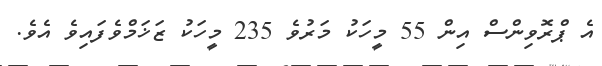
އެ ޕްރޮވިންސް އިން 55 މީހަކު މަރުވެ 235 މީހަކު ޒަޚަމްވެފައިވެ އެވެ.